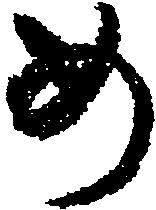
め